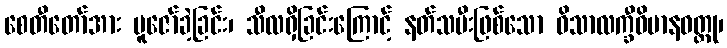
စေတီတော်အား ပူဇော်ခဲ့ခြင်း၊ သီလရှိခြင်းကြောင့် နတ်သမီးဖြစ်သော ဝိသာလက္ခီဝိမာနဝတ္ထု၊